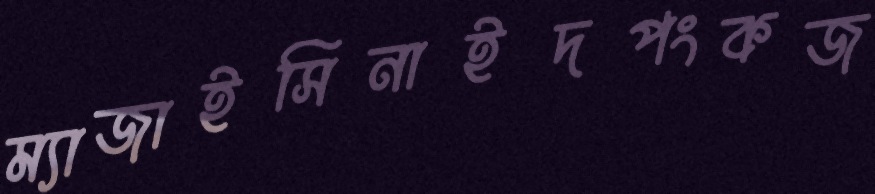
ম্যাজাইসিনাইদপংকজ